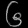
Digit: ၆